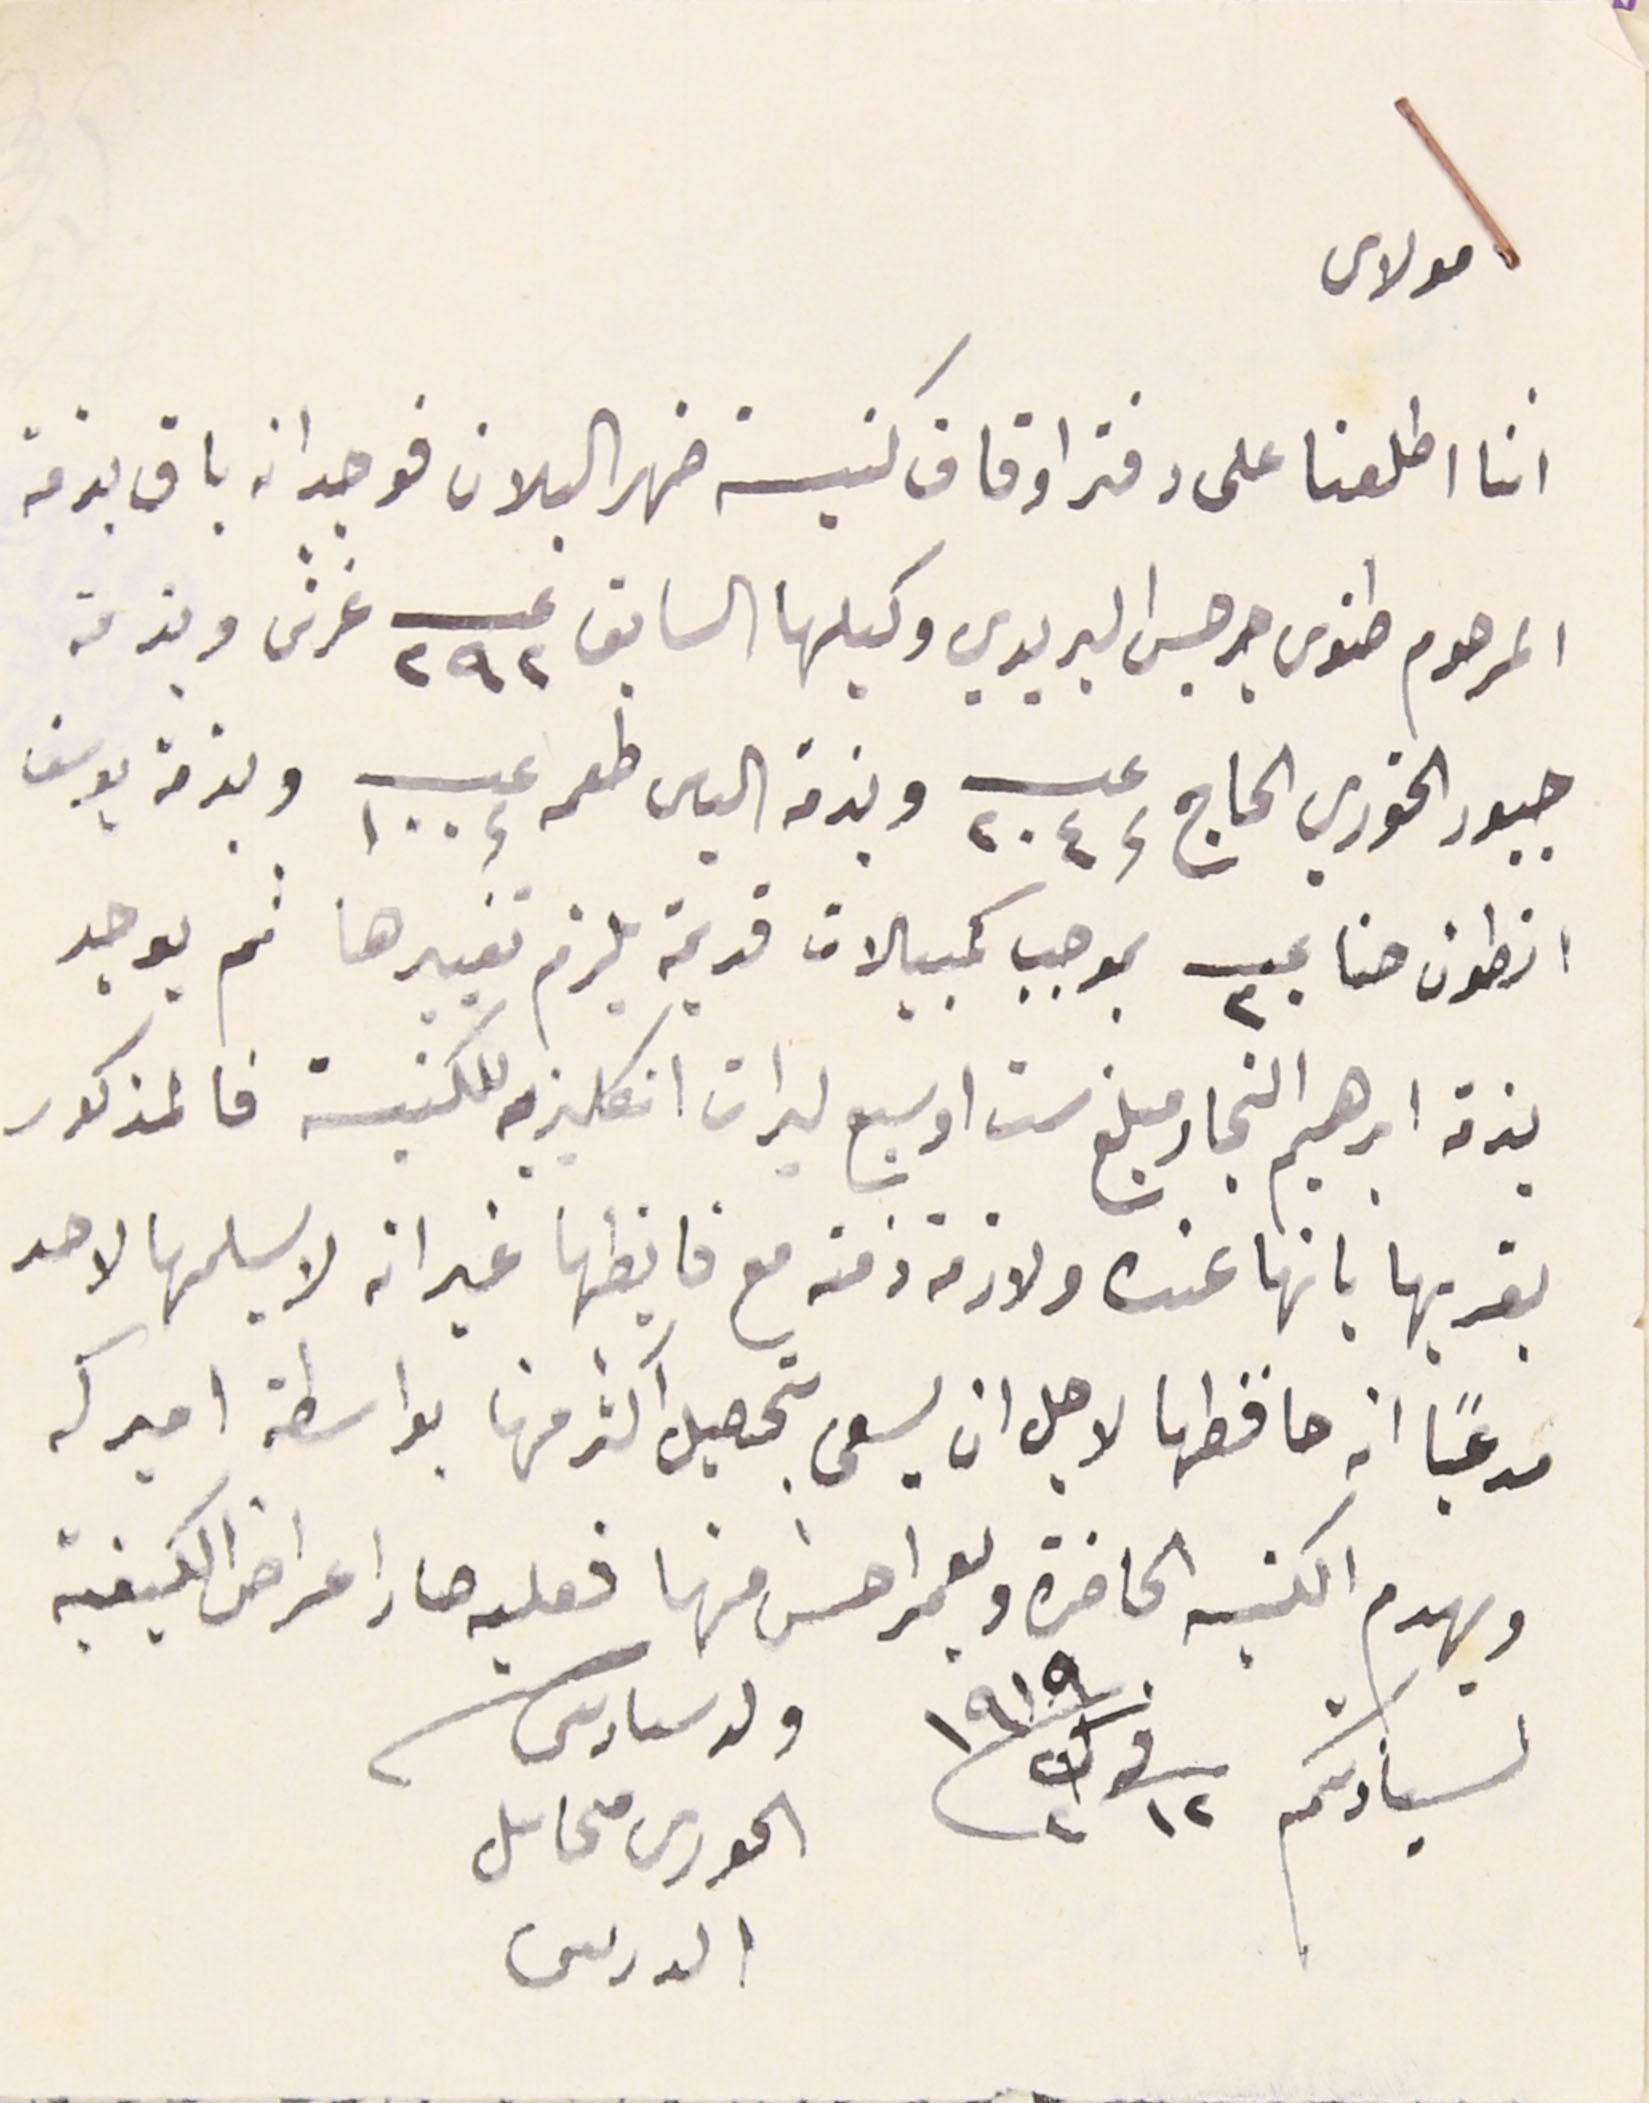
مولاى
اننا اطلعنا على دفتر اوقاف كنيسة ضهر البلان فوجد انه باق بذمة
المرحوم طنوس جرجس البريدي وكيلها السابق عــــ ٢٩٢ غرش وبذمة
جبور الخوري الحاج عـــ ٢٠٤ وبذمه الياس طعمه عـــ ١٠٠ وبذمة يوسف
انطون حنا عـــ ٣٠ بموجب كمبيلات قديمة يلزم تغييرها ثم يوجد
بذمة ابراهيم النجار مبلغ ست او سبع ليرات انكليزيه للكنيسة فالمذكور
يقر بها بانها عنده ولازمة ذمته مع فايظها غير انه لا يسلمها لاحد
مدعيًا انه حافظها لاجل ان يسعى بتحصيل اكثر منها بواسطة اميركه
ويهدم الكنيسه الحاضرة ويعمر احسن منها فعليه صار اعراض الكيفية
لسيادتكم فى ١٢ ك٢ ١٩١٩ ولد سىادىكم الحورى محاىل
الدرىىى